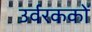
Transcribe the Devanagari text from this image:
उर्वरककों